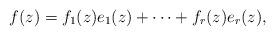
LaTeX: \begin{align*} f(z)=f_1(z)e_1(z)+\cdots +f_r(z)e_r(z), \end{align*}